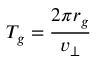
T _ { g } = { \frac { 2 \pi r _ { g } } { v _ { \perp } } }